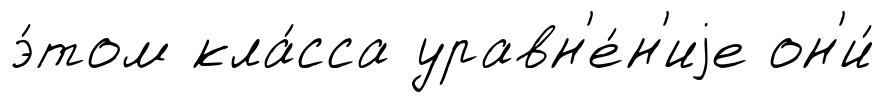
э́том кла́сса уравн'е́н'иjе он'и́